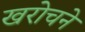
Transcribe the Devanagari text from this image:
खरोचने